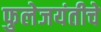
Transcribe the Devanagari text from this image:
फुलेजयंतीचे